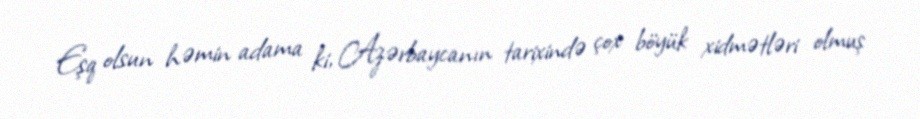
Eşq olsun həmin adama ki, Azərbaycanın tarixində çox böyük xidmətləri olmuş